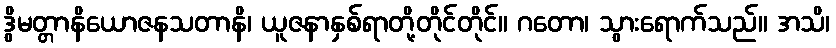
ဒွိမတ္တာနိယောဇနသတာနိ၊ ယူဇနာနှစ်ရာတို့တိုင်တိုင်။ ဂတော၊ သွားရောက်သည်။ အသိ၊